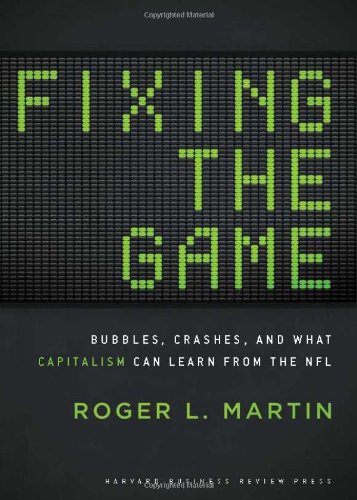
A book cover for Fixing the Game: Bubbles, Crashes, and What Capitalism Can Learn from the NFL; Roger L. Martin; Business & Money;